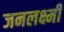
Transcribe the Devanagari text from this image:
जनलक्ष्मी